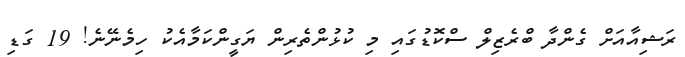
ރަޝިއާއަށް ގެންދާ ބްރެޒިލް ސްކޮޑުގައި މި ކުޅުންތެރިން ޔަގީންކަމާއެކު ހިމެނޭނެ! 19 ގަޑި